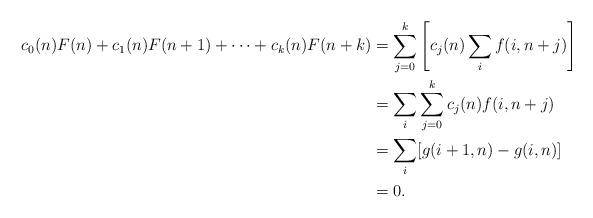
LaTeX: \begin{align*} c_0(n)F(n) + c_1(n)F(n + 1) + \cdots + c_k(n)F(n + k) &= \sum_{j = 0}^k \left[c_j(n)\sum_i f(i, n + j)\right]\\ &= \sum_i \sum_{j = 0}^k c_j(n)f(i, n + j)\\ &= \sum_i [g(i + 1, n) - g(i, n)]\\ &= 0. \end{align*}